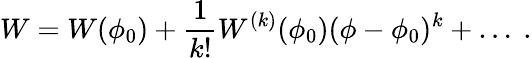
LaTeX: W=W(\phi_{0})+{\frac{1}{k!}}W^{(k)}(\phi_{0})(\phi-\phi_{0})^{k}+\dots~.